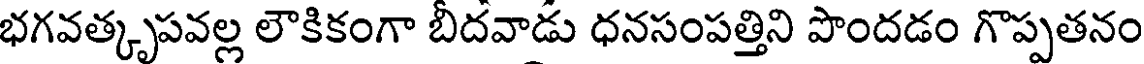
భగవత్కృపవల్ల లౌకికంగా బీదవాడు ధనసంపత్తిని పొందడం గొప్పతనం